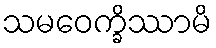
သမဝေက္ခိဿာမိ